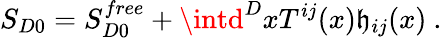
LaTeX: S_{D0}=S_{D0}^{free}+\intd^{D}xT^{ij}(x)\mathfrak{h}_{ij}(x)~.